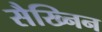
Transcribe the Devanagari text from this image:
सैख्निन